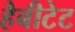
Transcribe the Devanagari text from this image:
हैबीटेट